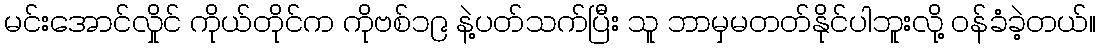
မင်းအောင်လှိုင် ကိုယ်တိုင်က ကိုဗစ်၁၉ နဲ့ပတ်သက်ပြီး သူ ဘာမှမတတ်နိုင်ပါဘူးလို့ ဝန်ခံခဲ့တယ်။